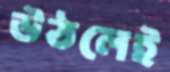
উঠলেই